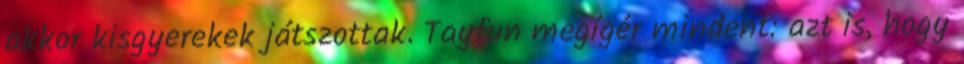
akkor kisgyerekek játszottak. Tayfun megígér mindent: azt is, hogy